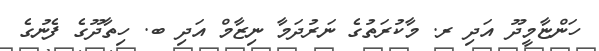
ހަންޏާމީދޫ އަދި ރ. މާކުރަތުގެ ނަރުދަމާ ނިޒާމް އަދި ބ. ހިތާދޫގެ ފެނުގެ